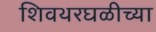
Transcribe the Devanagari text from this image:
शिवथरघळीच्या